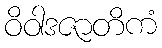
ဝိဝါဒဇာတိကံ